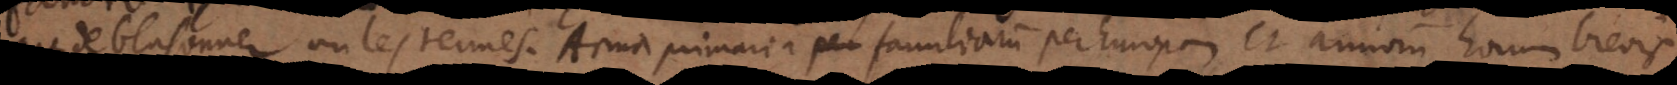
de blasonner ou les termes. Arma primaria familiarum per Europam et armorum harum brevis